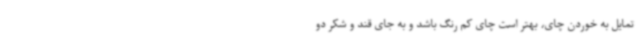
تمایل به خوردن چای، بهتر است چای کم رنگ باشد و به جای قند و شکر دو